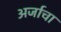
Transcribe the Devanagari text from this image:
अर्जाचा